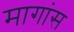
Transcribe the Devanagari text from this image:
मागांस